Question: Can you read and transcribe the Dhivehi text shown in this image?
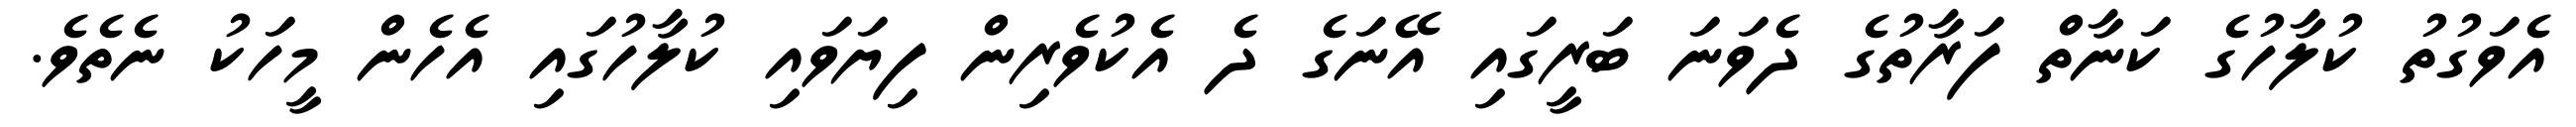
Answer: އެވަގުތު ކުލާހުގެ ކަނާތް ފަރާތުގެ ދެވަނަ ބަރީގައި އޭނަގެ ދެ އެކުވެރިން ފިޔަވައި ކުލާހުގައި އެހެން މީހަކު ނެތެވެ.